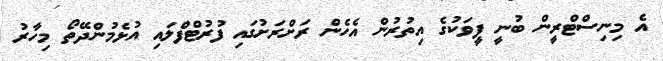
އެ މިނިސްޓްރީން ބުނީ ފީވަކުގެ އިތުރުން އެހެން ރަށްރަށުގައި ފުރުޓްފްލައި އުޅެމުންދޭތޯ މިހާރު